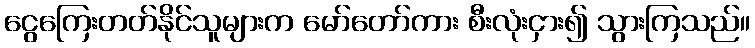
ငွေကြေးတတ်နိုင်သူများက မော်တော်ကား စီးလုံးငှား၍ သွားကြသည်။